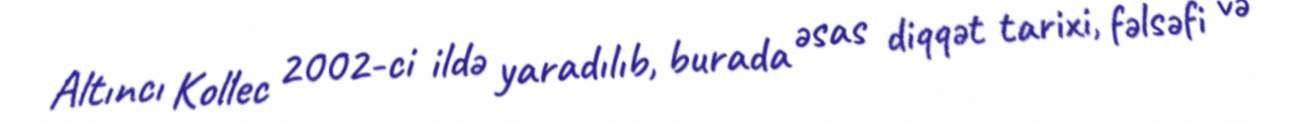
Altıncı Kollec 2002-ci ildə yaradılıb, burada əsas diqqət tarixi, fəlsəfi və